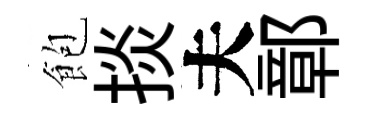
飽掞夫鄣